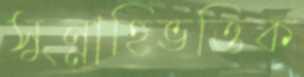
সুন্নাহিভত্তিক